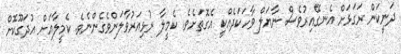
ދަނީކަން ރަގަޅަށް އެނގޭއިރުވެސް ނާޔަލް ވާހަކަދެއްކީ އެގޮތަށެވެ. ކެމީލާ ރުޅިއަރުވާލަންވެގެންނެވެ. ކެމީލާއަށް އުދަގޫކޮށް